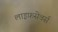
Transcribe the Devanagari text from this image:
लाइफ़सेवर्स